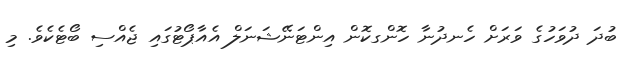
ބުދަ ދުވަހުގެ ވަރަށް ހެނދުނާ ހޮންގކޮން އިންޓަނޭޝަނަލް އެއާޕޯޓުގައި ޖެއްސި ބޯޓެކެވެ. މި